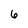
Character: 6